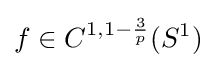
f\in C^{1,1-{\frac {3}{p}}}(S^{1})